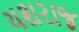
યશરાજ